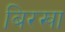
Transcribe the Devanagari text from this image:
बिरखा